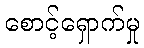
စောင့်ရှောက်မှု